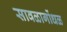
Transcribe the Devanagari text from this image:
सावळागोंधळ